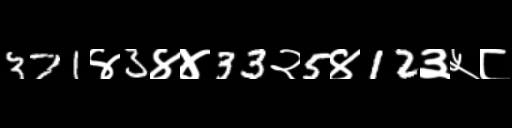
Text: 371४3४४33२5४12३५८